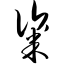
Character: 粢